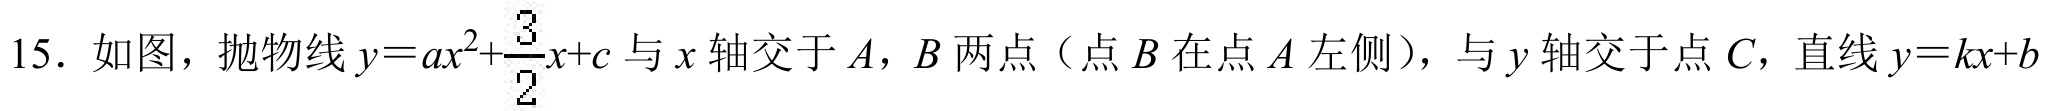
15. 如图，抛物线$y = ax^{2}+\dfrac{3}{2}x + c$与$x$轴交于$A$，$B$两点（点$B$在点$A$左侧），与$y$轴交于点$C$，直线$y = kx + b$